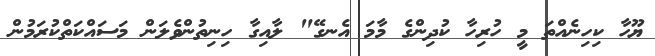
ޔޫހާ ކިހިނެއްތަ މީ ހުރިހާ ކުދިންގެ މާމަ އެނގޭ" ލާއިގާ ހިނިތުންވެލަން މަސައްކަތްކުރަމުން